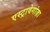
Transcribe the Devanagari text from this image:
एस्ट्रावेगांज़ा